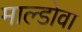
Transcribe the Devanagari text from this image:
माल्डोवा